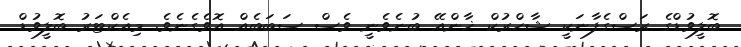
ބޮލީވުޑްގެ ރަސްގެފާނަކީ ޝާހްރުކް ޚާންއޭ ބުނެވެނީ ވެސް ސަބަބެއް އޮވެގެނެވެ. މިއެކްޓަރު ބޮލީވުޑް